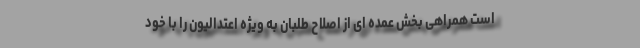
است همراهی بخش عمده ای از اصلاح طلبان به ویژه اعتدالیون را با خود